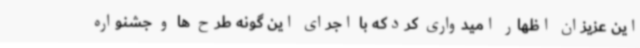
این عزیزان اظهار امیدواری کردکه با اجرای این گونه طرح ها و جشنواره